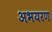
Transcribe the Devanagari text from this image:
अभयरण